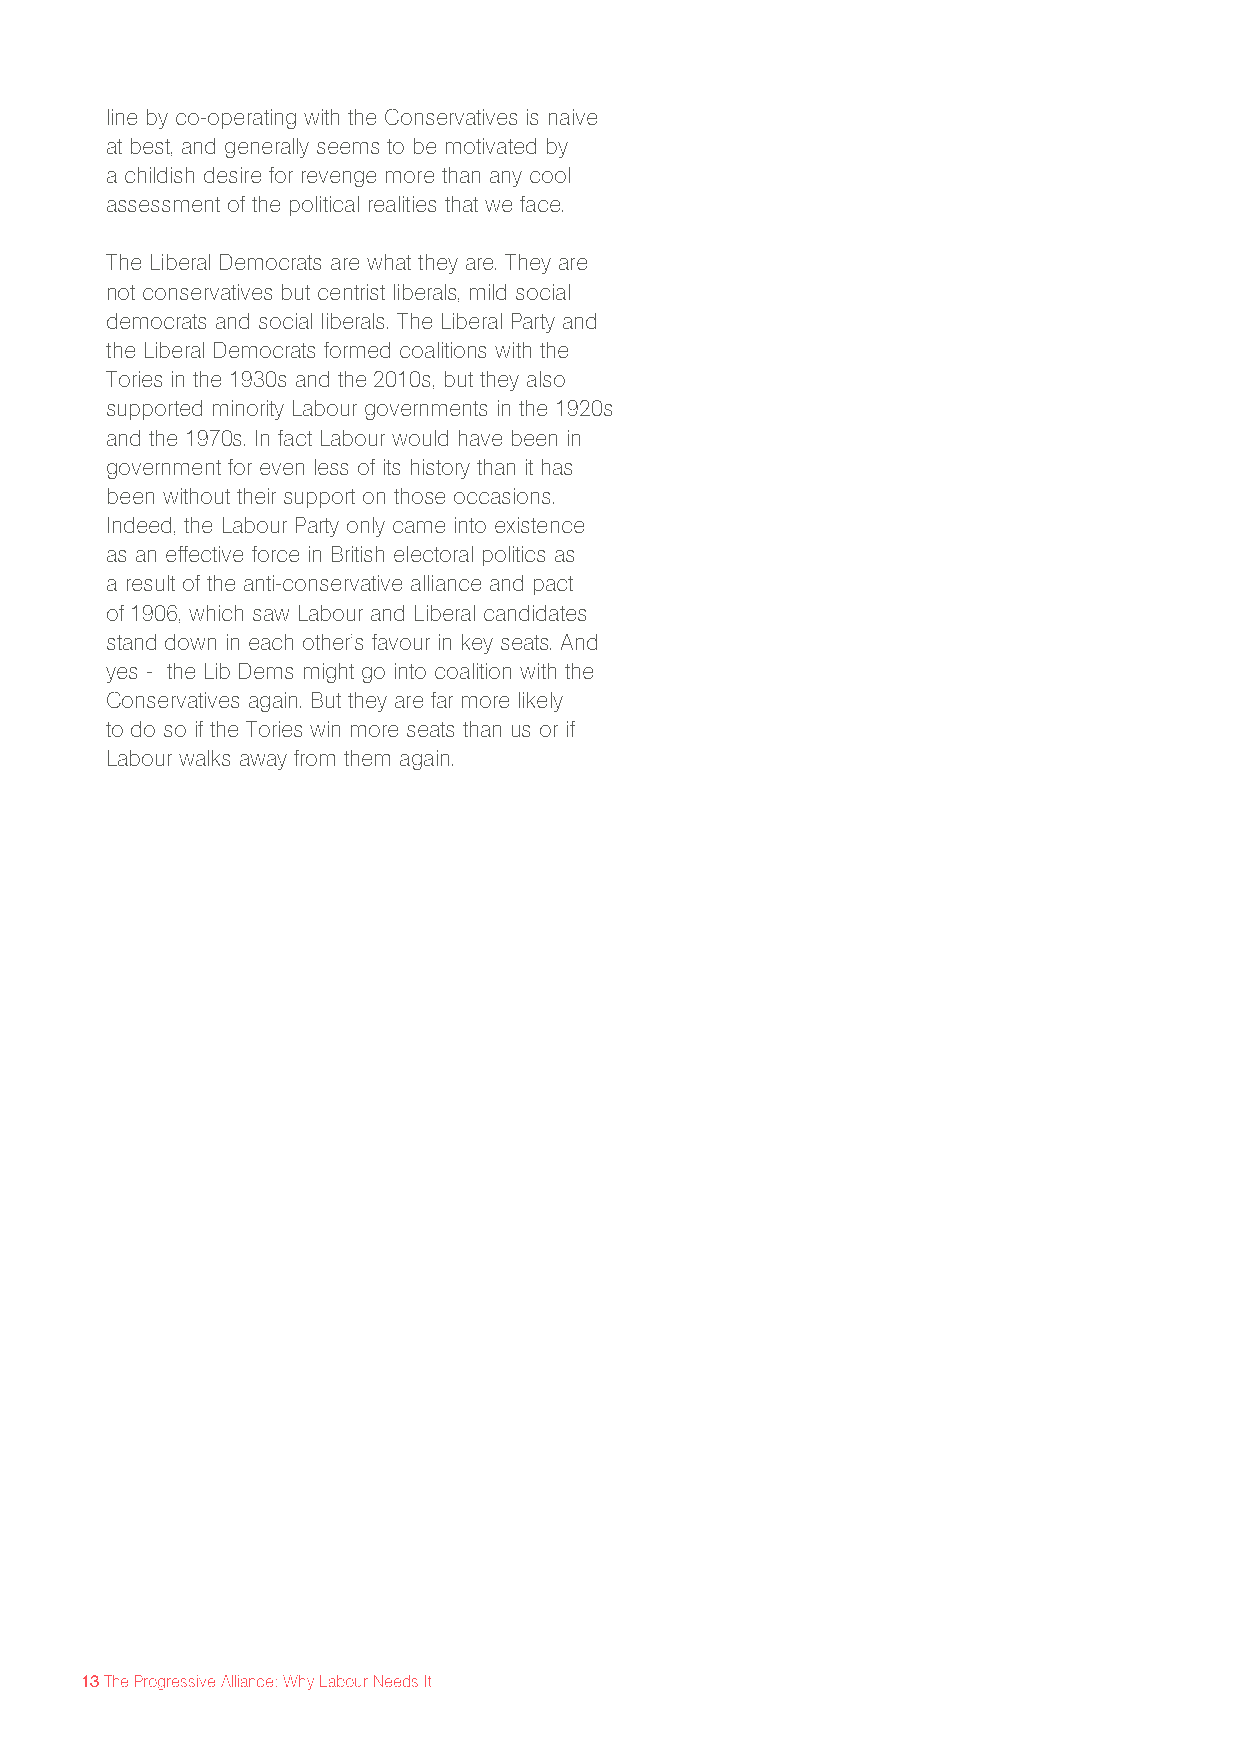
line by co-operating with the Conservatives is naive
 at best, and generally seems to be motivated by
 a childish desire for revenge more than any cool
 assessment of the political realities that we face.
 The Liberal Democrats are what they are. They are
 not conservatives but centrist liberals, mild social
 democrats and social liberals. The Liberal Party and
 the Liberal Democrats formed coalitions with the
 Tories in the 1930s and the 2010s, but they also
 supported minority Labour governments in the 1920s
 and the 1970s. In fact Labour would have been in
 government for even less of its history than it has
 been without their support on those occasions.
 Indeed, the Labour Party only came into existence
 as an effective force in British electoral politics as
 a result of the anti-conservative alliance and pact
 of 1906, which saw Labour and Liberal candidates
 stand down in each other’s favour in key seats. And
 yes - the Lib Dems might go into coalition with the
 Conservatives again. But they are far more likely
 to do so if the Tories win more seats than us or if
 Labour walks away from them again.
 13 The Progressive Alliance: Why Labour Needs It